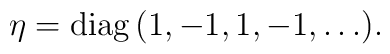
\eta = \mathrm{diag}\,(1, -1, 1, -1, \ldots).